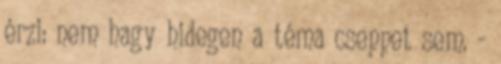
érzi: nem hagy hidegen a téma cseppet sem. -